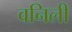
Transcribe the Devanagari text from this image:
वनिली